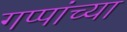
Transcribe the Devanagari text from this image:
गप्पांच्या